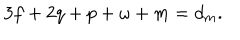
LaTeX: 3 f + 2 q + p + \omega + m = d _ { m } .